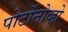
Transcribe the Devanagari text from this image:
पोर्टोनोव्हो